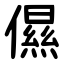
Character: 儑